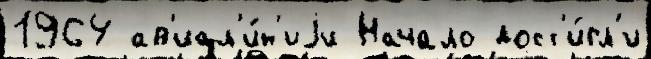
1964 ав'иал'и́н'иjи Начало дост'и́гл'и